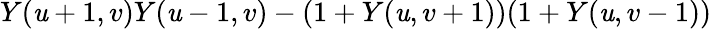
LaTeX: Y(\mathit{u}+1,v)Y(\mathit{u}-1,v)-(1+Y(\mathit{u},v+1))(1+Y(\mathit{u},v-1))